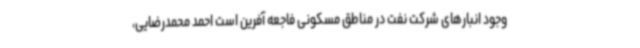
وجود انبارهای شرکت نفت در مناطق مسکونی فاجعه آفرین است احمد محمدرضایی،